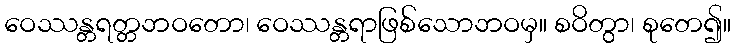
ဝေဿန္တရတ္တဘဝတော၊ ဝေဿန္တရာဖြစ်သောဘဝမှ။ စဝိတွာ၊ စုတေ၍။